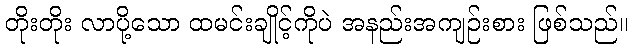
တိုးတိုး လာပို့သော ထမင်းချိုင့်ကိုပဲ အနည်းအကျဉ်းစား ဖြစ်သည်။